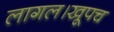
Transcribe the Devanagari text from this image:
लागल।खूपच